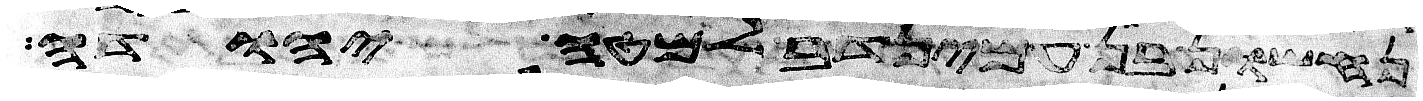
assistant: נחשון בן עמינדב למטה יהודה